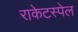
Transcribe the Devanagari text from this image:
राकेटस्पेल